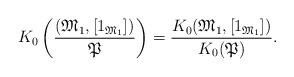
LaTeX: \begin{align*}K_0\left(\frac{(\mathfrak M_1, [1_{\mathfrak M_1}])}{\mathfrak P}\right)=\frac{K_0(\mathfrak M_1, [1_{\mathfrak M_1}])}{K_0(\mathfrak P)}.\end{align*}